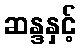
ဆန္ဒနှင့်